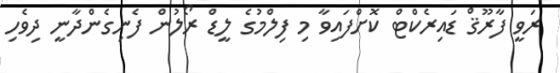
ރަވީ ފާރޫޤް ޑައިރެކްޓް ކޮށްފައިވާ މި ފިލްމުގެ ލީޑް ރޯލުން ފެނިގެންދާނީ ދިވެހި